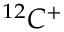
^ { 1 2 } C ^ { + }